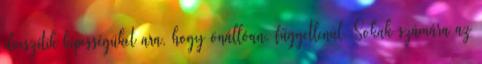
elveszítik képességüket ara, hogy önállóan, függetlenül. Sokak számára az